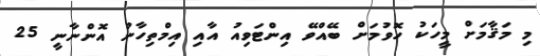
މި މަޤާމަށް މީހަކު ހޮވުމަށް ބޭއްވޭ އިންޓަވިއު އާއި އިމްތިހާނު އޮންނާނީ 25